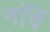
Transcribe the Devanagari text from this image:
नाॅर्वे